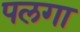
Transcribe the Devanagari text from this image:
पलगा